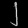
Digit: ၂